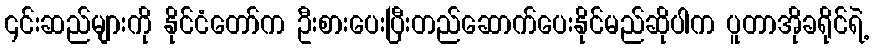
၎င်းဆည်များကို နိုင်ငံတော်က ဦးစားပေးပြီးတည်ဆောက်ပေးနိုင်မည်ဆိုပါက ပူတာအိုခရိုင်ရဲ့